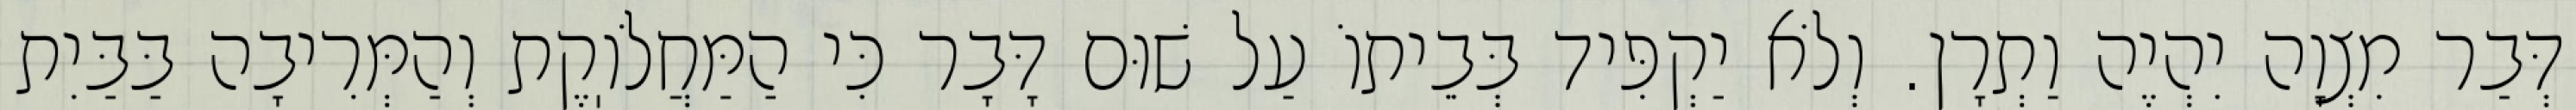
דְּבַר מִצְוָה יִהְיֶה וַתְרָן. וְלֹא יַקְפִּיד בְּבֵיתוֹ עַל שׁוּם דָּבָר כִּי הַמַּחֲלֹוֽקֶת וְהַמְּרִיבָה בַּבַּיִת